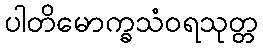
ပါတိမောက္ခသံဝရသုတ္တ